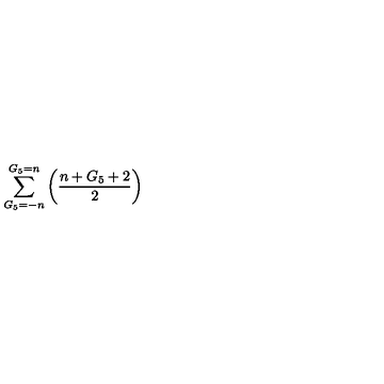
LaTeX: \sum _ { G _ { 5 } = - n } ^ { G _ { 5 } = n } \left( \frac { n + G _ { 5 } + 2 } { 2 } \right)